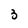
Character: 3